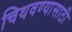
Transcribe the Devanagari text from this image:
चिथवण्यासाठी